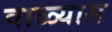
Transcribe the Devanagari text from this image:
वाळ्यास